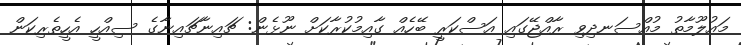
މައުލޫމާތު މުއްސަނދިވި ރާއްޖޭގައި އަސްކަރީ ބޭހެއް ގާއިމުކުރާކަށް ނޫޅެން: ޗައިނާޗައިނާގެ ސިއްހީ އެހީތެރިކަން